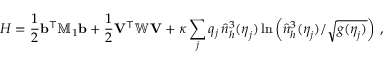
{ H } = \frac { 1 } { 2 } { \mathbf b } ^ { \top } { \mathbb { M } } _ { 1 } { \mathbf b } + \frac { 1 } { 2 } { \mathbf V } ^ { \top } \mathbb { W } { \mathbf V } + \kappa \sum _ { j } q _ { j } \, \hat { n } _ { h } ^ { 3 } ( \boldsymbol \eta _ { j } ) \ln \left( \hat { n } _ { h } ^ { 3 } ( \boldsymbol \eta _ { j } ) / \sqrt { g ( \boldsymbol \eta _ { j } ) } \right) \, ,